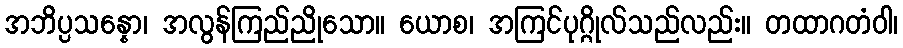
အဘိပ္ပသန္နော၊ အလွန်ကြည်ညိုသော။ ယောစ၊ အကြင်ပုဂ္ဂိုလ်သည်လည်း။ တထာဂတံဝါ၊